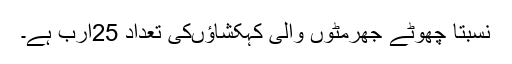
نسبتاً چھوٹے جھرمٹوں والی کہکشاؤںکی تعداد 25ارب ہے۔